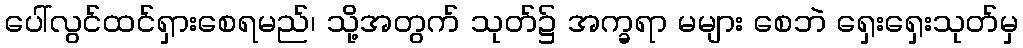
ပေါ်လွင်ထင်ရှားစေရမည်၊ သို့အတွက် သုတ်၌ အက္ခရာ မများ စေဘဲ ရှေးရှေးသုတ်မှ